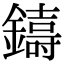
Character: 𮣑